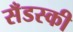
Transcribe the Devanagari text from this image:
सँडस्की